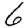
Digit: 6